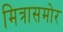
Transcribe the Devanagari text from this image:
मित्रासमोर